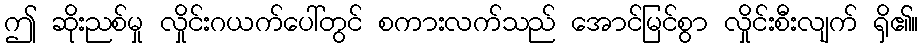
ဤ ဆိုးညစ်မှု လှိုင်းဂယက်ပေါ်တွင် စကားလက်သည် အောင်မြင်စွာ လှိုင်းစီးလျက် ရှိ၏။